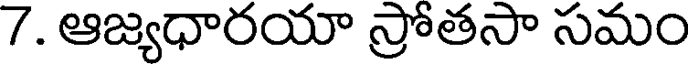
7. ఆజ్యధారయా స్రోతసా సమం